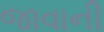
જાવાની